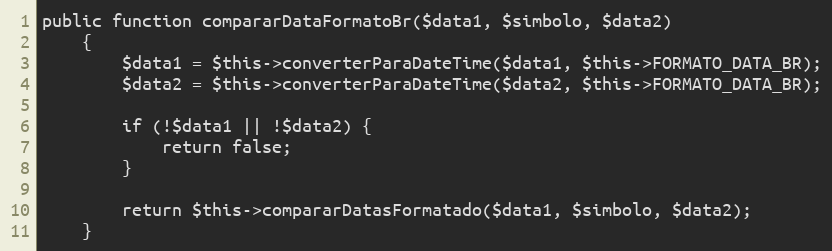
Language: PHP
public function compararDataFormatoBr($data1, $simbolo, $data2)
    {
        $data1 = $this->converterParaDateTime($data1, $this->FORMATO_DATA_BR);
        $data2 = $this->converterParaDateTime($data2, $this->FORMATO_DATA_BR);

        if (!$data1 || !$data2) {
            return false;
        }

        return $this->compararDatasFormatado($data1, $simbolo, $data2);
    }